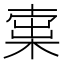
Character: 𣕿